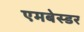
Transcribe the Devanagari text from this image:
एमबेस्डर